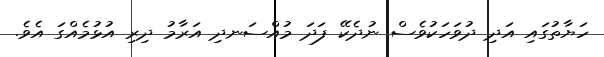
ހަޔާތުގައި އަދި ދުވަހަކުވެސް ނުދެކޭ ފަދަ މުއްސަނދި އަރާމު ދިރި އުޅުމެއްގަ އެވެ.